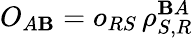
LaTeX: O_{A\mathbf{B}}=o_{RS}\, \rho_{S,R}^{\mathbf{B}A}